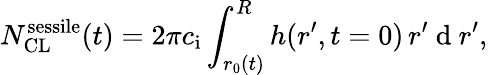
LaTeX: N_{\mathrm{CL}}^{\mathrm{sessile}}(t)=2\pi c_{\mathrm{i}}\int_{r_{0}(t)}^{R}h(r^{\prime},t=0)\, r^{\prime}\mathrm{~d~}r^{\prime},